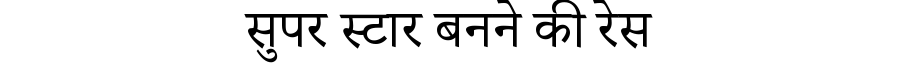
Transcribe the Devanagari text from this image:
सुपर स्टार बनने की रेस